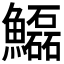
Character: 𩽊